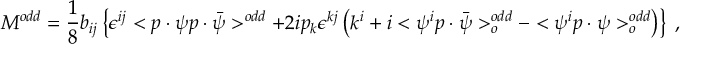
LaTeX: R _ { \perp } = \frac { N _ { C } } { 4 C _ { F } } [ 2 - \cos \Theta _ { 1 + } - \cos \Theta _ { 1 - } - \frac { 1 } { N _ { C } ^ { 2 } } ( 1 - \cos \Theta _ { + - } ) ] .